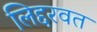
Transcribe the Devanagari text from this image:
लिद्दरवत